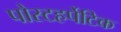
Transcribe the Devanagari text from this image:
पोस्टहर्पेटिक